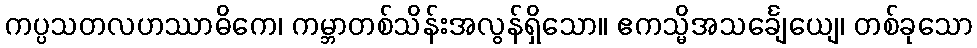
ကပ္ပသတလဟဿာဓိကေ၊ ကမ္ဘာတစ်သိန်းအလွန်ရှိသော။ ဧကသ္မိအသင်္ချေယျေ၊ တစ်ခုသော